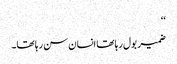
‘‘
ضمیر بول رہا تھا انسان سن رہا تھا۔